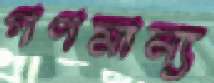
গণমান্য